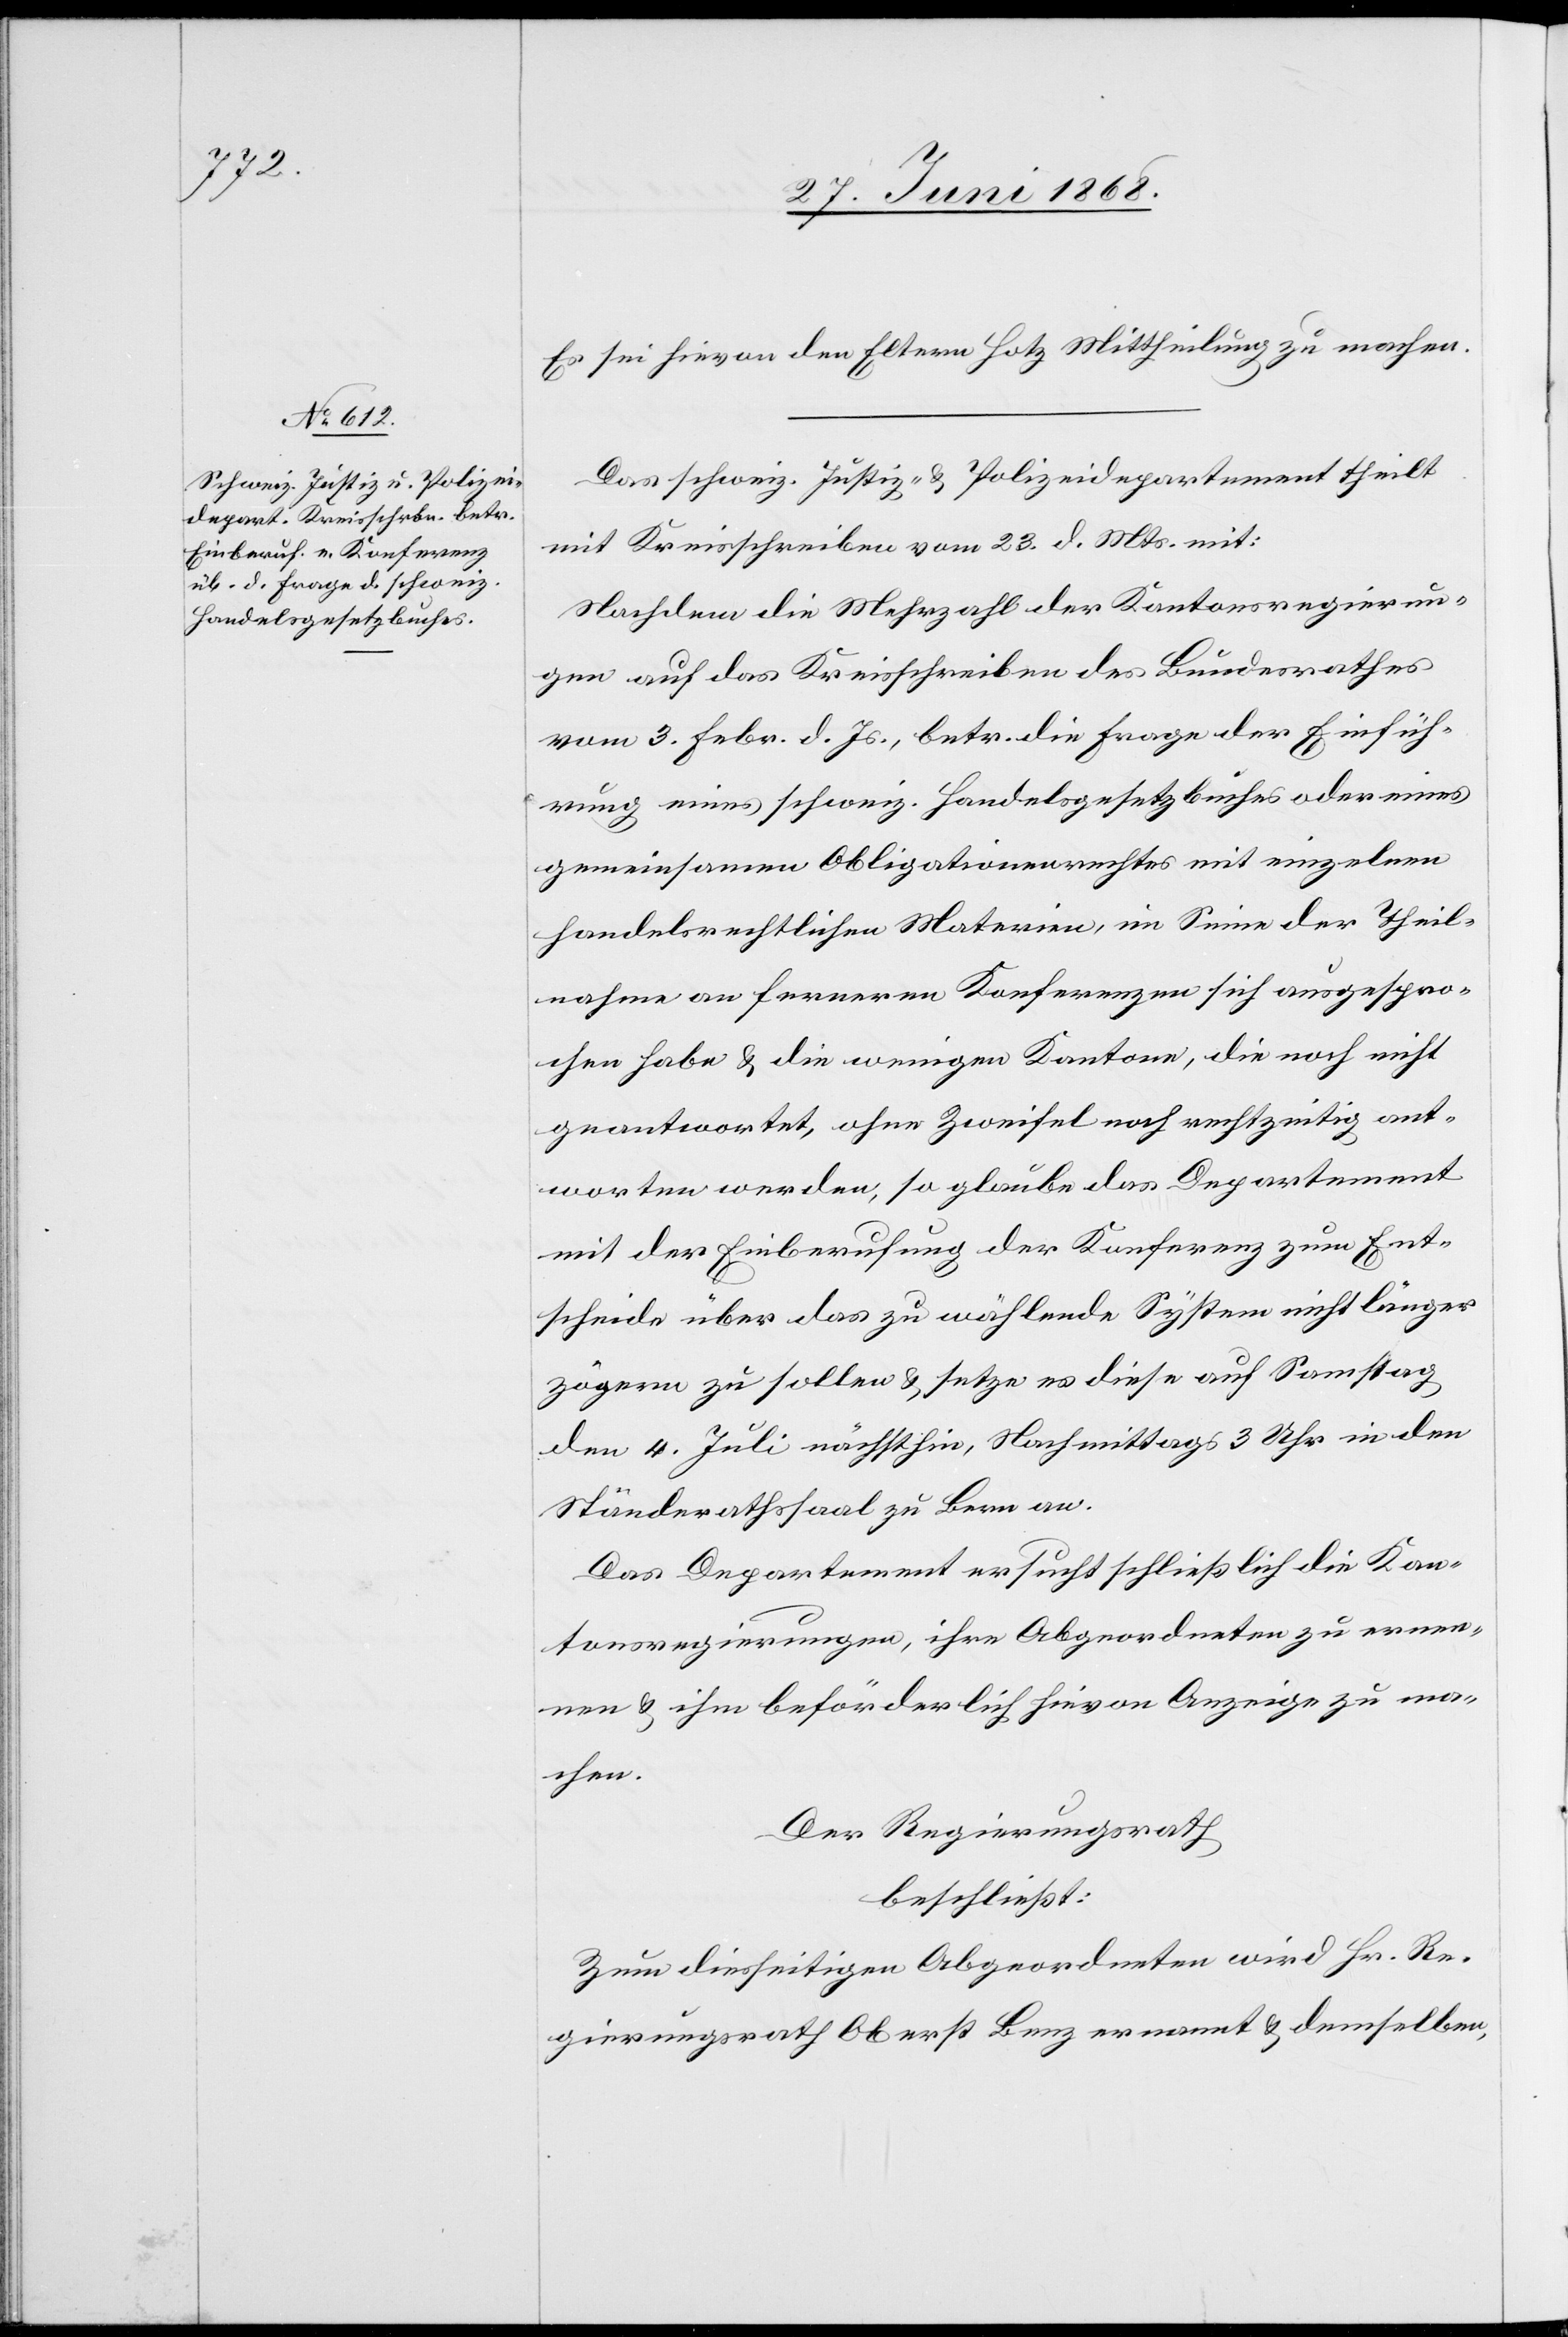
Es sei hievon den Eltern Hotz Mittheilung zu machen.
Das schweiz. Justiz- & Polizeidepartement theilt
mit Kreisschreiben vom 23. d. Mts. mit:
Nachdem die Mehrzahl der Kantonsregierun¬
gen auf das Kreisschreiben des Bundesrathes
vom 3. Febr. d. Js., betr. die Frage der Einfüh¬
rung eines schweiz. Handelsgesetzbuches oder eines
gemeinsamen Obligationenrechtes mit einzelnen
handelsrechtlichen Materien, im Sinne der Theil¬
nahme an ferneren Konferenzen sich ausgespro¬
chen habe & die wenigen Kantone, die noch nicht
geantwortet, ohne Zweifel noch rechtzeitig ant¬
worten werden, so glaube das Departement
mit der Einberufung der Konferenz zum Ent¬
scheide über das zu wählende System nicht länger
zögern zu sollen & setze es diese auf Samstag
den 4. Juli nächsthin, Nachmittags 3 Uhr in den
Ständerathssaal zu Bern an.
Das Departement ersucht schließlich die Kan¬
tonsregierungen, ihre Abgeordneten zu ernen¬
nen & ihm beförderlich hievon Anzeige zu ma¬
chen.
Der Regierungsrath
beschließt:
Zum diesseitigen Abgeordneten wird Hr. Re¬
gierungsrath Oberst Benz ernannt & demselben,